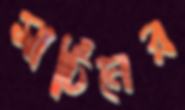
মার্টিনের